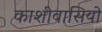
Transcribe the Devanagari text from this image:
काशीवासियो